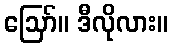
ဪ။ ဒီလိုလား။